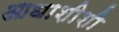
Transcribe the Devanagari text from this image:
आधाशीशी